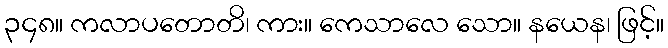
၃၄၈။ ကလာပတောတိ၊ ကား။ ကေသာလေ သော။ နယေန၊ ဖြင့်။